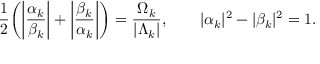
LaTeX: \frac { 1 } { 2 } \bigg ( \bigg | \frac { \alpha _ { { k } } } { \beta _ { { k } } } \bigg | + \bigg | \frac { \beta _ { { k } } } { \alpha _ { { k } } } \bigg | \bigg ) = \frac { \Omega _ { { k } } } { | \Lambda _ { { k } } | } , \qquad | \alpha _ { { k } } | ^ { 2 } - | \beta _ { { k } } | ^ { 2 } = 1 .